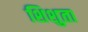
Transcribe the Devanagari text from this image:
शिशुता